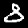
Label: 8